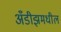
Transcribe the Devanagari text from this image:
अँडीझमधील